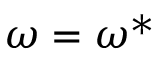
\omega = \omega ^ { * }